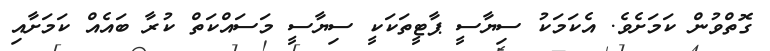
ގޮތްވުން ކަމަށެވެ. އެކަމަކު ސިޔާސީ ޕާޓީތަކަކީ ސިޔާސީ މަސައްކަތް ކުރާ ބައެއް ކަމަށާއި